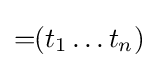
=\!\!(t_{1}\ldots t_{n})